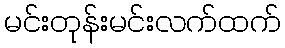
မင်းတုန်းမင်းလက်ထက်